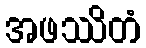
အဖဿိတံ